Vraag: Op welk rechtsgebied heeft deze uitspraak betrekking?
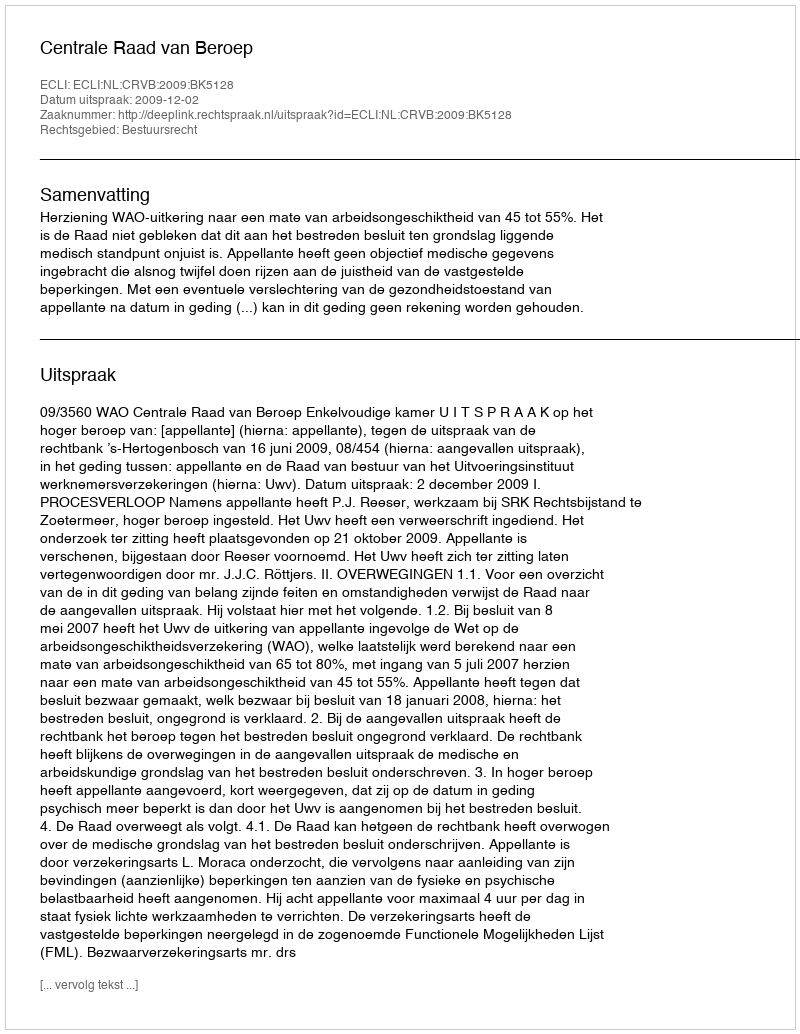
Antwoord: Bestuursrecht